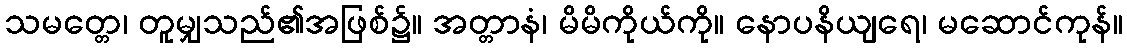
သမတ္တေ၊ တူမျှသည်၏အဖြစ်၌။ အတ္တာနံ၊ မိမိကိုယ်ကို။ နောပနိယျရေ၊ မဆောင်ကုန်။